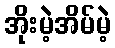
အိုးမဲ့အိမ်မဲ့